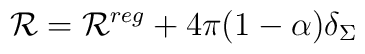
{\cal R}={\cal R}^{reg}+4\pi (1-\alpha )\delta_\Sigma